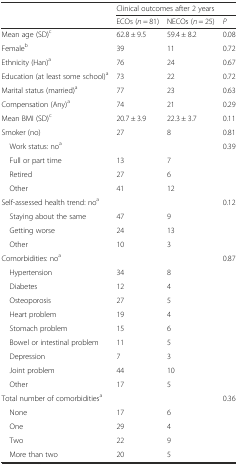
|  | <COLSPAN=3> Clinical outcomes after 2 years |
 |  | ECOs (n = 81) | NECOs (n = 25) | P |
 | --- | --- | --- | --- |
 | Mean age (SD)c | 62.8 ± 9.5 | 59.4 ± 8.2 | 0.08 |
 | Femaleb | 39 | 11 | 0.72 |
 | Ethnicity (Han)a | 76 | 24 | 0.67 |
 | Education (at least some school)a | 73 | 22 | 0.72 |
 | Marital status (married)a | 77 | 23 | 0.63 |
 | Compensation (Any)a | 74 | 21 | 0.29 |
 | Mean BMI (SD)c | 20.7 ± 3.9 | 22.3 ± 3.7 | 0.11 |
 | Smoker (no) | 27 | 8 | 0.81 |
 | Work status: noa |  |  | 0.39 |
 | Full or part time | 13 | 7 |  |
 | Retired | 27 | 6 |  |
 | Other | 41 | 12 |  |
 | Self-assessed health trend: noa |  |  | 0.12 |
 | Staying about the same | 47 | 9 |  |
 | Getting worse | 24 | 13 |  |
 | Other | 10 | 3 |  |
 | Comorbidities: noa |  |  | 0.87 |
 | Hypertension | 34 | 8 |  |
 | Diabetes | 12 | 4 |  |
 | Osteoporosis | 27 | 5 |  |
 | Heart problem | 19 | 4 |  |
 | Stomach problem | 15 | 6 |  |
 | Bowel or intestinal problem | 11 | 5 |  |
 | Depression | 7 | 3 |  |
 | Joint problem | 44 | 10 |  |
 | Other | 17 | 5 |  |
 | Total number of comorbiditiesa |  |  | 0.36 |
 | None | 17 | 6 |  |
 | One | 29 | 4 |  |
 | Two | 22 | 9 |  |
 | More than two | 20 | 5 |  |